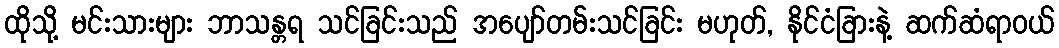
ထိုသို့ မင်းသားများ ဘာသန္တရ သင်ခြင်းသည် အပျော်တမ်းသင်ခြင်း မဟုတ်, နိုင်ငံခြားနဲ့ ဆက်ဆံရာဝယ်